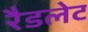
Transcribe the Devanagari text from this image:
रैडलेट